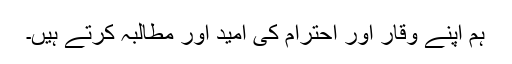
ہم اپنے وقار اور احترام کی امید اور مطالبہ کرتے ہیں۔